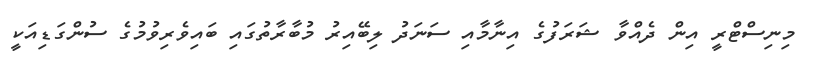
މިނިސްޓްރީ އިން ދެއްވާ ޝަރަފުގެ އިނާމާއި ސަނަދު ލިބޭއިރު މުބާރާތުގައި ބައިވެރިވުމުގެ ސުންގަޑިއަކީ